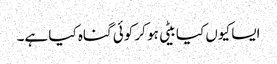
ایسا کیوں کیا بیٹی ہو کر کوئی گناہ کیا ہے۔